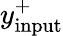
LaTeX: y_{\mathrm{input}}^{+}